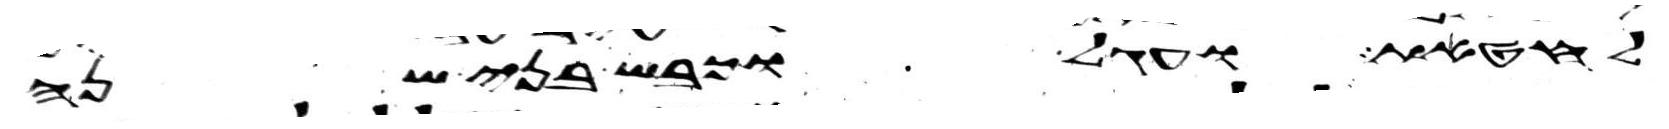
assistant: לחטאת ועגל וכבש בני שנה